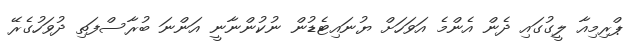
ޕްރިމިއާ ލީގުގައި ދެން އެންމެ އަވަހަށް ޔުނައިޓެޑުން ނުކުންނާނީ އަންނަ ބުރާސްފަތި ދުވަހުގެރޭ